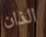
الذان